Enquiry on enteric fever in India - Number 32
Disease focus: Fever
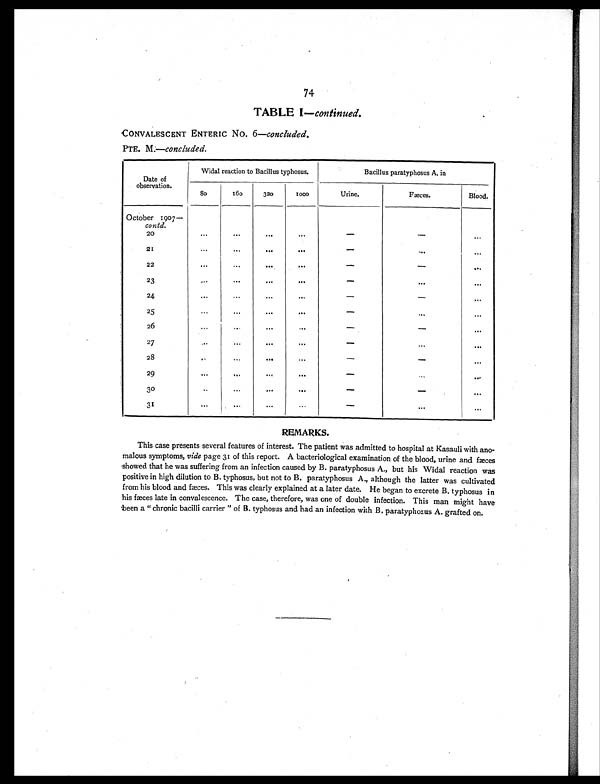
7
4
TABLE I— continued.
CONVALESCENT ENTERIC NO. 6— concluded.
PTE. M.—concluded.
Date of
observation.
Widal reaction to Bacillus typhosus.
Bacillus paratyphosus A. in
80 160
320
1000
Urine.
Fæces.
Blood.
October 1907 —
contd.
20
...
. . .
...
...
— —
...
21
. . .
...
. . .
. . .
—
. . .
. . .
22
...
...
. . .
. . .
— —
. . .
23
. . .
. . .
. . .
...
—
. . .
. . .
24
...
. . .
. . .
. . .
—
—
. . .
25
. . .
...
. . .
. . .
—
. . .
. . .
26
...
...
. . .
. . .
—
—
...
27
. . .
. . .
. . .
. . .
—
. . .
. . .
28
. . .
...
...
...
— —
. . .
29
. . .
...
. . .
. . .
—
. . .
. . .
30
. . .
. . .
. . .
. . .
— —
. . .
31
. . .
. . .
. . .
. . .
—
. . .
. . .
REMARKS.
This case presents several features of interest. The patient was admitted to hospital at Kasauli with ano
-
malous symptoms, vide page 31 of this report. A bacteriological examination of the blood, urine and fæces
showed that he was suffering from an infection caused by B. paratyphosus A., but his Widal reaction was
positive in high dilution to B. typhosus, but not to B. paratyphosus A., although the latter was cultivated
from his blood and fæces. This was clearly explained at a later date. He began to excrete B. typhosus in
his fæces late in convalescence. The case, therefore, was one of double infection. This man might have
been a "chronic bacilli carrier " of B. typhosus and had an infection with B. paratyphosus A. grafted on.